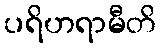
ပရိဟရာမီတိ